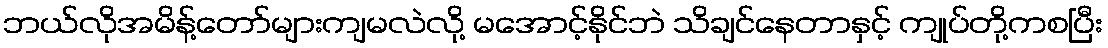
ဘယ်လိုအမိန့်တော်များကျမလဲလို့ မအောင့်နိုင်ဘဲ သိချင်နေတာနှင့် ကျုပ်တို့ကစပြီး